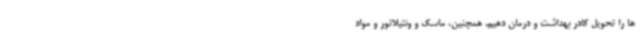
ها را تحویل کادر بهداشت و درمان دهیم. همچنین، ماسک و ونتیلاتور و مواد